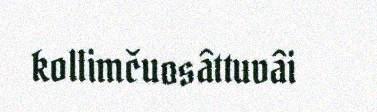
kollimčuosâttuvâi